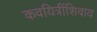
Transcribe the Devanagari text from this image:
कवयित्रींशिवाय